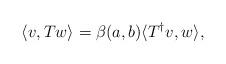
LaTeX: \begin{align*} \langle v,Tw\rangle=\beta(a,b)\langle T^\dagger v,w\rangle, \end{align*}